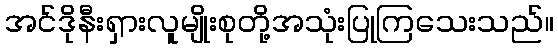
အင်ဒိုနီးရှားလူမျိုးစုတို့အသုံးပြုကြသေးသည်။